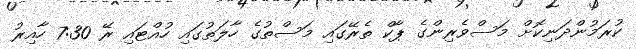
ކުރަމުންދަނިކޮށް މަސްވެރިންގެ ޕާކް ތެރޭގައި މަަސްތުގެ ހާލަތުގައި ހުއްޓައި ރޭ 7:30 ހާއިރު